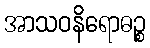
အာသဝနိရောဓဉ္စ